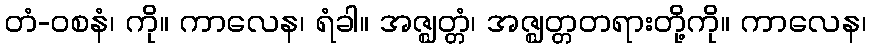
တံ-ဝစနံ၊ ကို။ ကာလေန၊ ရံခါ။ အဇ္ဈတ္တံ၊ အဇ္ဈတ္တတရားတို့ကို။ ကာလေန၊